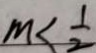
M < \frac { 1 } { 2 }